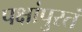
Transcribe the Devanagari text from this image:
पक्षांपुरतं